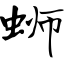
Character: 蛳